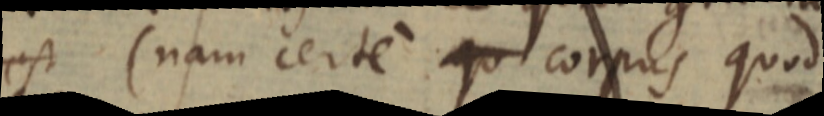
(nam certe qu corpus quod